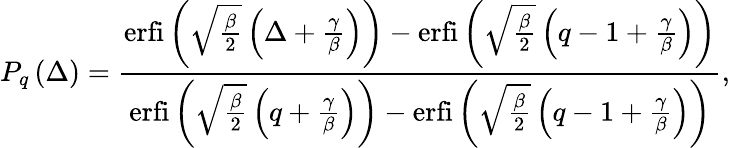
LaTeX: P_{q}\left(\Delta\right)=\frac{\mathrm{erfi}\left(\sqrt{\frac{\beta}{2}}\left(\Delta+\frac{\gamma}{\beta}\right)\right)-\mathrm{erfi}\left(\sqrt{\frac{\beta}{2}}\left(q-1+\frac{\gamma}{\beta}\right)\right)}{\mathrm{erfi}\left(\sqrt{\frac{\beta}{2}}\left(q+\frac{\gamma}{\beta}\right)\right)-{\mathrm{erfi}\left(\sqrt{\frac{\beta}{2}}\left(q-1+\frac{\gamma}{\beta}\right)\right)}},